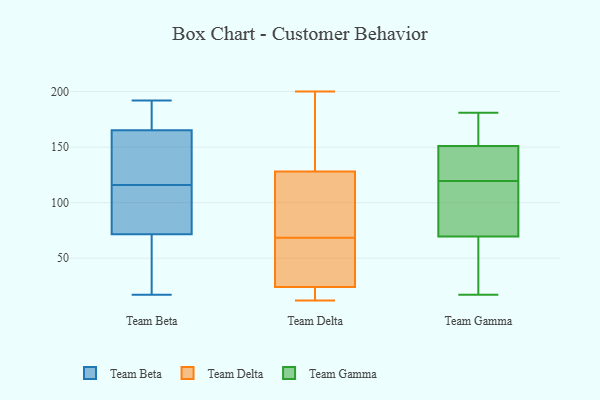
{"axis": {"x": "Churn Rate (%)", "y": "Value"}, "legend": ["Team Beta", "Team Delta", "Team Gamma"], "data": [{"x": "", "y": 73, "type": "Team Beta"}, {"x": "", "y": 171, "type": "Team Beta"}, {"x": "", "y": 192, "type": "Team Beta"}, {"x": "", "y": 148, "type": "Team Beta"}, {"x": "", "y": 71, "type": "Team Beta"}, {"x": "", "y": 113, "type": "Team Beta"}, {"x": "", "y": 27, "type": "Team Beta"}, {"x": "", "y": 192, "type": "Team Beta"}, {"x": "", "y": 118, "type": "Team Beta"}, {"x": "", "y": 180, "type": "Team Beta"}, {"x": "", "y": 17, "type": "Team Beta"}, {"x": "", "y": 116, "type": "Team Beta"}, {"x": "", "y": 147, "type": "Team Beta"}, {"x": "", "y": 105, "type": "Team Beta"}, {"x": "", "y": 37, "type": "Team Beta"}, {"x": "", "y": 68, "type": "Team Delta"}, {"x": "", "y": 50, "type": "Team Delta"}, {"x": "", "y": 85, "type": "Team Delta"}, {"x": "", "y": 69, "type": "Team Delta"}, {"x": "", "y": 129, "type": "Team Delta"}, {"x": "", "y": 200, "type": "Team Delta"}, {"x": "", "y": 12, "type": "Team Delta"}, {"x": "", "y": 165, "type": "Team Delta"}, {"x": "", "y": 21, "type": "Team Delta"}, {"x": "", "y": 46, "type": "Team Delta"}, {"x": "", "y": 174, "type": "Team Delta"}, {"x": "", "y": 127, "type": "Team Delta"}, {"x": "", "y": 79, "type": "Team Delta"}, {"x": "", "y": 13, "type": "Team Delta"}, {"x": "", "y": 43, "type": "Team Delta"}, {"x": "", "y": 27, "type": "Team Delta"}, {"x": "", "y": 163, "type": "Team Delta"}, {"x": "", "y": 19, "type": "Team Delta"}, {"x": "", "y": 91, "type": "Team Delta"}, {"x": "", "y": 21, "type": "Team Delta"}, {"x": "", "y": 99, "type": "Team Gamma"}, {"x": "", "y": 181, "type": "Team Gamma"}, {"x": "", "y": 68, "type": "Team Gamma"}, {"x": "", "y": 163, "type": "Team Gamma"}, {"x": "", "y": 140, "type": "Team Gamma"}, {"x": "", "y": 113, "type": "Team Gamma"}, {"x": "", "y": 71, "type": "Team Gamma"}, {"x": "", "y": 135, "type": "Team Gamma"}, {"x": "", "y": 136, "type": "Team Gamma"}, {"x": "", "y": 48, "type": "Team Gamma"}, {"x": "", "y": 164, "type": "Team Gamma"}, {"x": "", "y": 126, "type": "Team Gamma"}, {"x": "", "y": 162, "type": "Team Gamma"}, {"x": "", "y": 105, "type": "Team Gamma"}, {"x": "", "y": 17, "type": "Team Gamma"}, {"x": "", "y": 45, "type": "Team Gamma"}]}